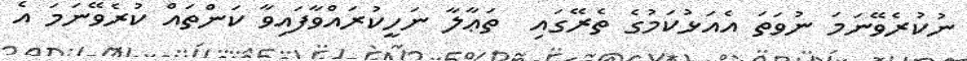
ނުކުރެވޭނަމަ ނުވަތަ އެއަޅުކަމުގެ ތެރޭގައި  ތަޢާލާ ނަހީކުރައްވާފައިވާ ކަންތައް ކުރެވޭނަމަ އެ